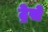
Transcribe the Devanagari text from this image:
ट्रेसे